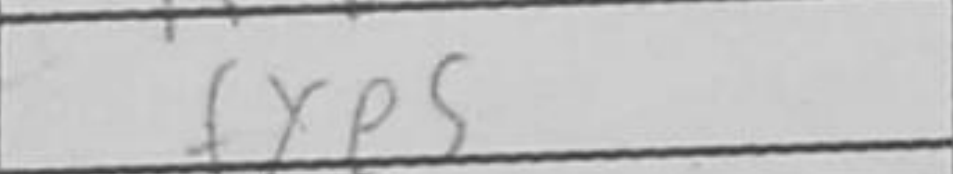
Transcription: fxe5